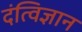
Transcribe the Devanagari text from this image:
दंत्विज्ञान